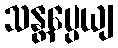
သန္တပ္ပေယျ